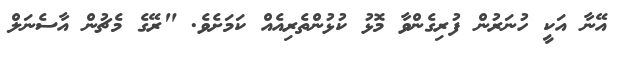
އޭނާ އަކީ ހުނަރުން ފުރިގެންވާ މޮޅު ކުޅުންތެރިއެއް ކަމަށެވެ. "ރޭގެ މެޗުން އާސެނަލް